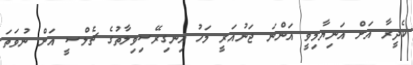
ކެދީރާ އަށް އަނިޔާމިވީ އަންނަ ޖަނުއަރީ މަހު އިނގިރޭސިވިލާތުގެ ޗެލްސީ އަށް ނުވަތަ